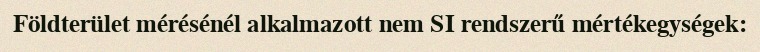
Földterület mérésénél alkalmazott nem SI rendszerű mértékegységek: